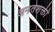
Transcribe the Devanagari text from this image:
अनंतशक्ती